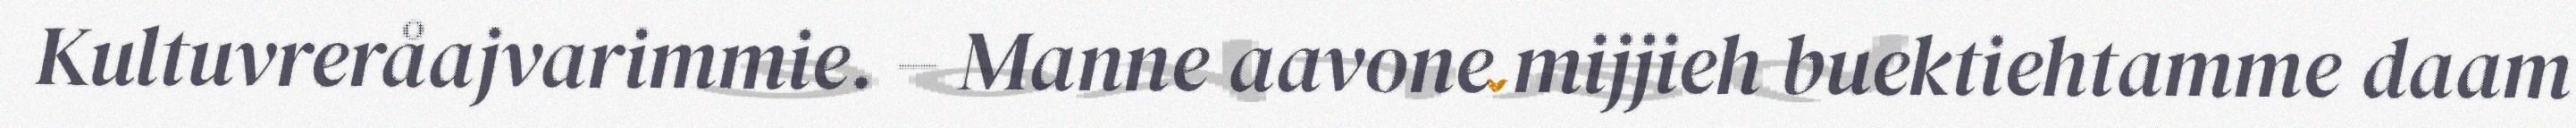
Kultuvreråajvarimmie. – Manne aavone mijjieh buektiehtamme daam